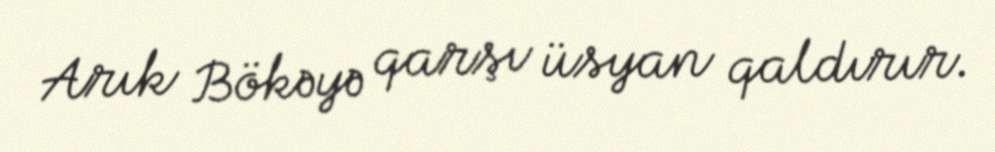
Arık Bökəyə qarşı üsyan qaldırır.